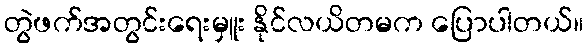
တွဲဖက်အတွင်းရေးမှူး နိုင်လယိတမက ပြောပါတယ်။